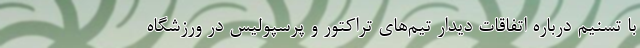
با تسنیم درباره اتفاقات دیدار تیم‌های تراکتور و پرسپولیس در ورزشگاه